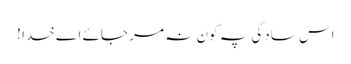
اس سادگی پہ کون نہ مر جائے اے خدا !